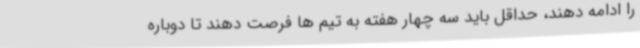
را ادامه دهند، حداقل باید سه چهار هفته به تیم ها فرصت دهند تا دوباره